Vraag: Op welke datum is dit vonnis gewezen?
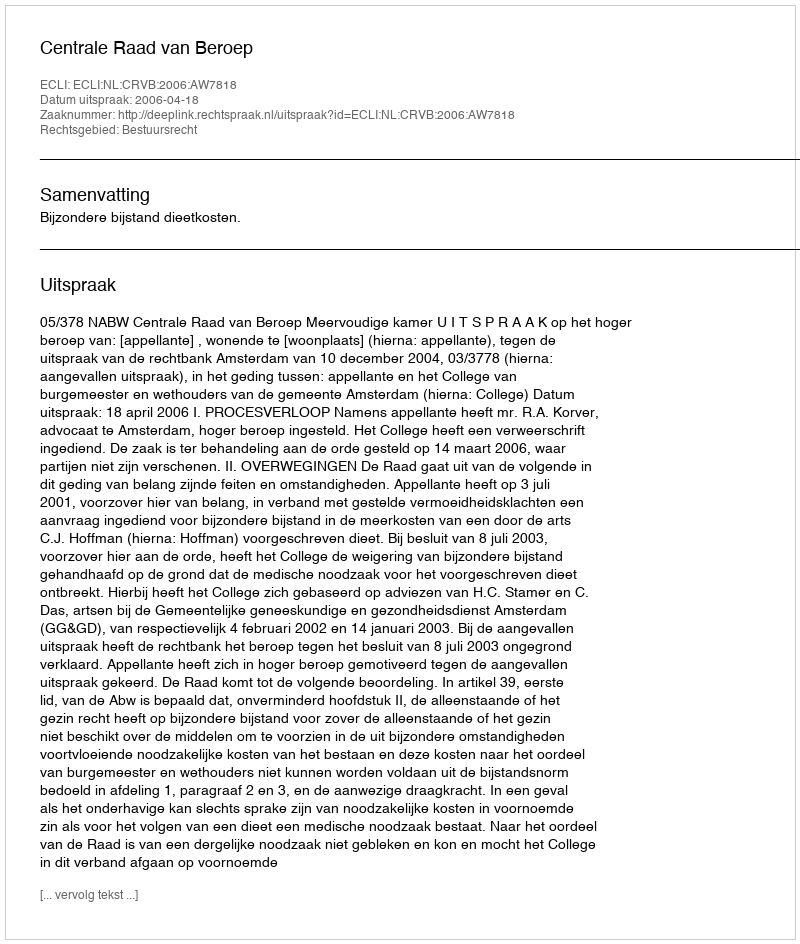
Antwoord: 2006-04-18